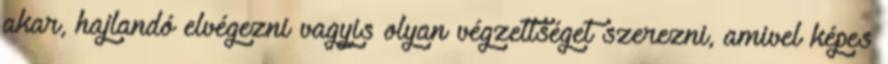
akar, hajlandó elvégezni vagyis olyan végzettséget szerezni, amivel képes